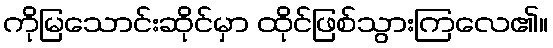
ကိုမြသောင်းဆိုင်မှာ ထိုင်ဖြစ်သွားကြလေ၏။